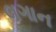
લગાન